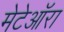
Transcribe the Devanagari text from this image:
मेटेऑरा